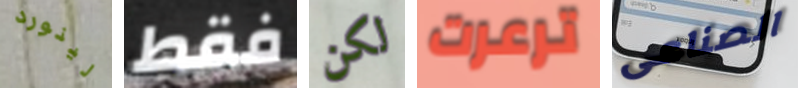
لينورد فقط لكن ترعرت الصناعى